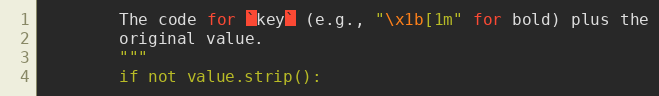
Language: Python
        The code for `key` (e.g., "\x1b[1m" for bold) plus the
        original value.
        """
        if not value.strip():